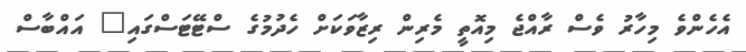
އެހެންވެ މިހާރު ވެސް ރާއްޖެ މިއޮތީ މެރިން ރިޒާވަކަށް ހެދުމުގެ ސްޓޭޓަސްގައި" އައްބާސް